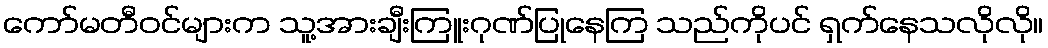
ကော်မတီဝင်များက သူ့အားချီးကြူးဂုဏ်ပြုနေကြ သည်ကိုပင် ရှက်နေသလိုလို။